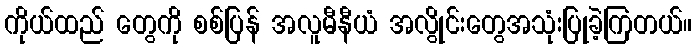
ကိုယ်ထည် တွေကို စစ်ပြန် အလူမီနီယံ အလွိုင်းတွေအသုံးပြုခဲ့ကြတယ်။